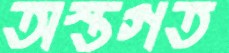
অস্তগত